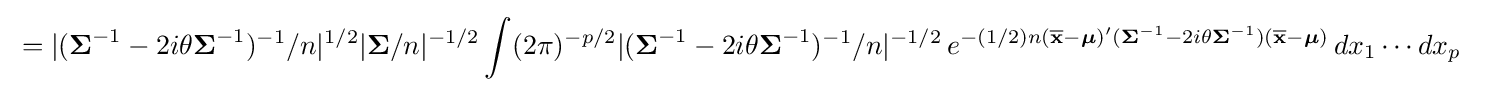
{\begin{aligned}&=|({\boldsymbol {\Sigma }}^{-1}-2i\theta {\boldsymbol {\Sigma }}^{-1})^{-1}/n|^{1/2}|{\boldsymbol {\Sigma }}/n|^{-1/2}\int (2\pi )^{-p/2}|({\boldsymbol {\Sigma }}^{-1}-2i\theta {\boldsymbol {\Sigma }}^{-1})^{-1}/n|^{-1/2}\,e^{-(1/2)n({\overline {\mathbf {x} }}-{\boldsymbol {\mu }})'({\boldsymbol {\Sigma }}^{-1}-2i\theta {\boldsymbol {\Sigma }}^{-1})({\overline {\mathbf {x} }}-{\boldsymbol {\mu }})}\,dx_{1}\cdots dx_{p}\end{aligned}}